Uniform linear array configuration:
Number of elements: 16
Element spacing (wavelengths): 0.75
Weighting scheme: kaiser
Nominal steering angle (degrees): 0
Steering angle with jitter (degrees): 1.033
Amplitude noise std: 0.05
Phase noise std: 0.05

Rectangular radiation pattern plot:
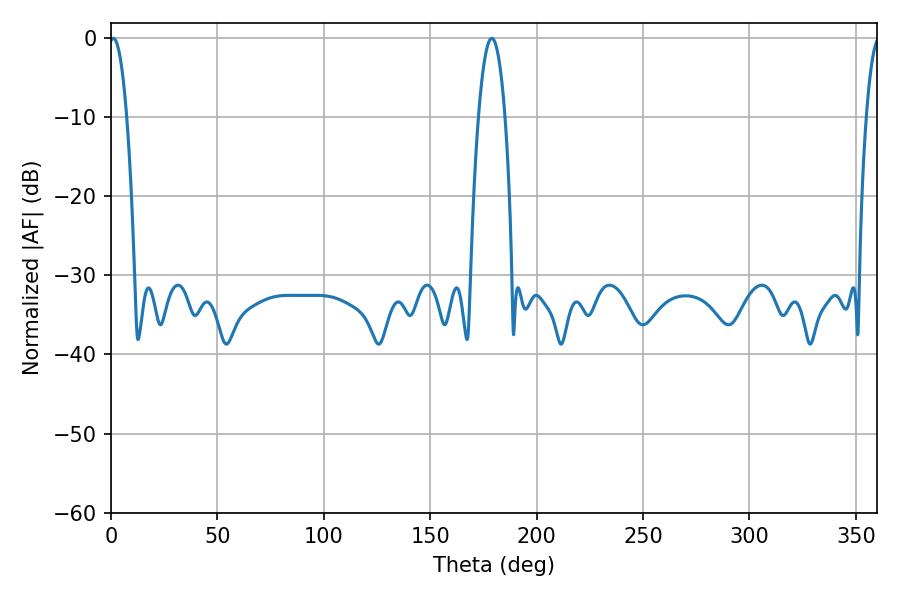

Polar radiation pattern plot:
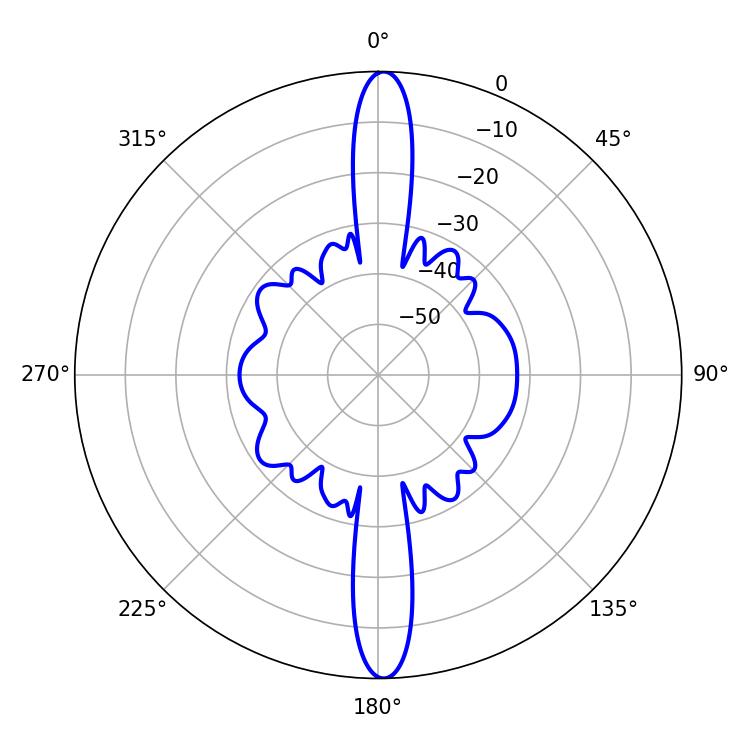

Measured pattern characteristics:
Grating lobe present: TRUE
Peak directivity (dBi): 26.016
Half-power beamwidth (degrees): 4.5
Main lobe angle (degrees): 1.08